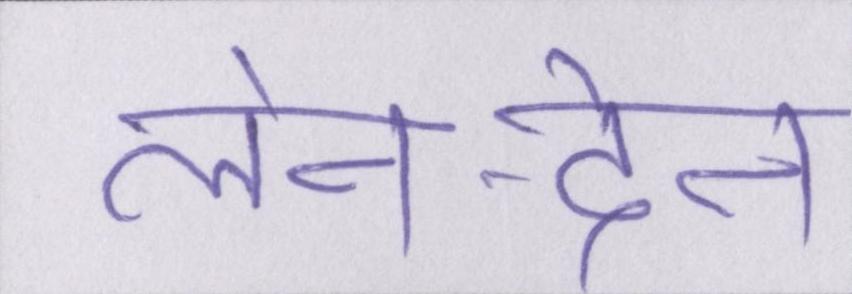
लेन-देन